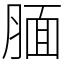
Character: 腼